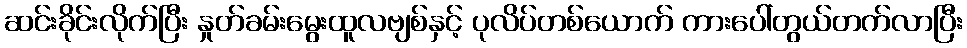
ဆင်းခိုင်းလိုက်ပြီး နှုတ်ခမ်းမွေးထူလဗျစ်နှင့် ပုလိပ်တစ်ယောက် ကားပေါ်တွယ်တက်လာပြီး